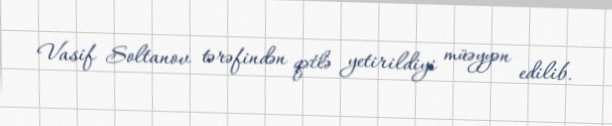
Vasif Soltanov tərəfindən qətlə yetirildiyi müəyyən edilib.